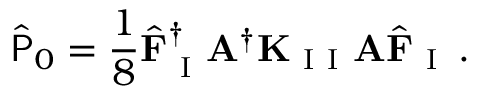
\hat { \mathsf { P } } _ { 0 } = \frac { 1 } { 8 } \hat { \mathbf { F } } _ { \mathrm { ~ I ~ } } ^ { \dagger } \mathbf { A } ^ { \dagger } \mathbf { K } _ { \mathrm { ~ I ~ I ~ } } \mathbf { A } \hat { \mathbf { F } } _ { \mathrm { ~ I ~ } } \, .